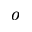
o